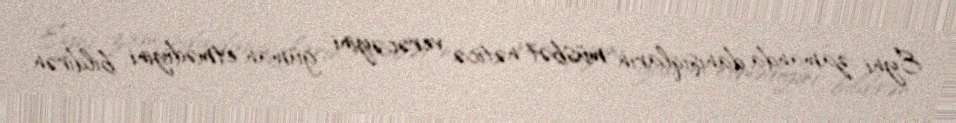
Eyni zamanda danışıqların müsbət nəticə verəcəyini güman etmədiyini bildirən